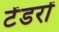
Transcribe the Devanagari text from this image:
टेंडरों